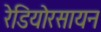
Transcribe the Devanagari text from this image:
रेडियोरसायन